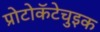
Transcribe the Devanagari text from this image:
प्रोटोकॅटेचुइक